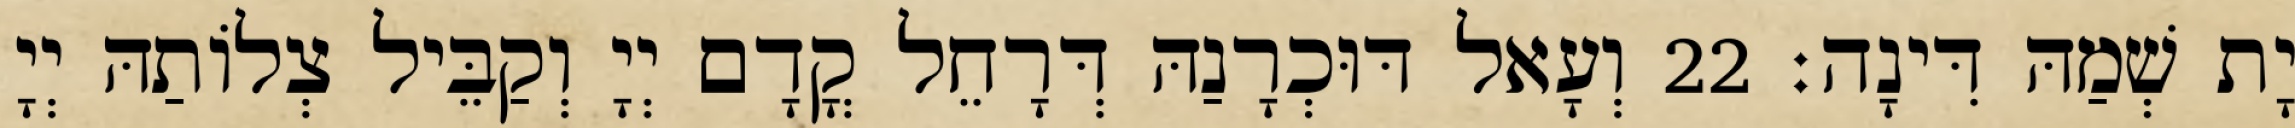
יָת שְׁמַהּ דִּינָה׃ 22 וְעָאל דּוּכְרָנַהּ דְּרָחֵל קֳדָם יְיָ וְקַבֵּיל צְלוֹתַהּ יְיָ